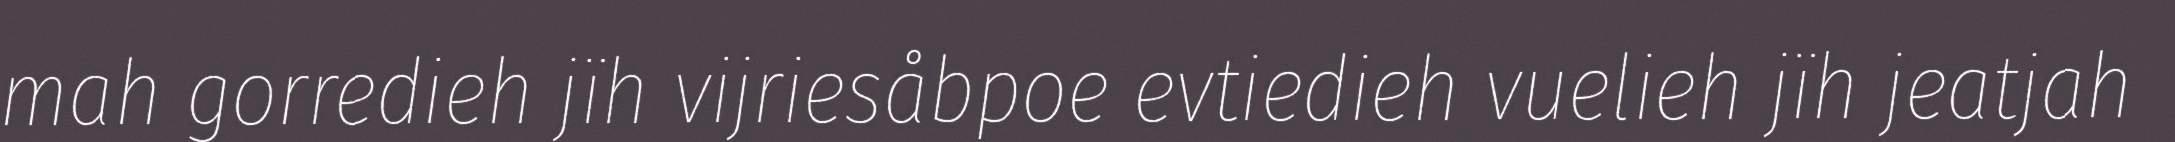
mah gorredieh jïh vijriesåbpoe evtiedieh vuelieh jïh jeatjah